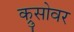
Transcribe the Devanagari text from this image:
क्रुसोवर